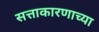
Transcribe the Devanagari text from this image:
सत्ताकारणाच्या